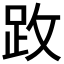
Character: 𫏂